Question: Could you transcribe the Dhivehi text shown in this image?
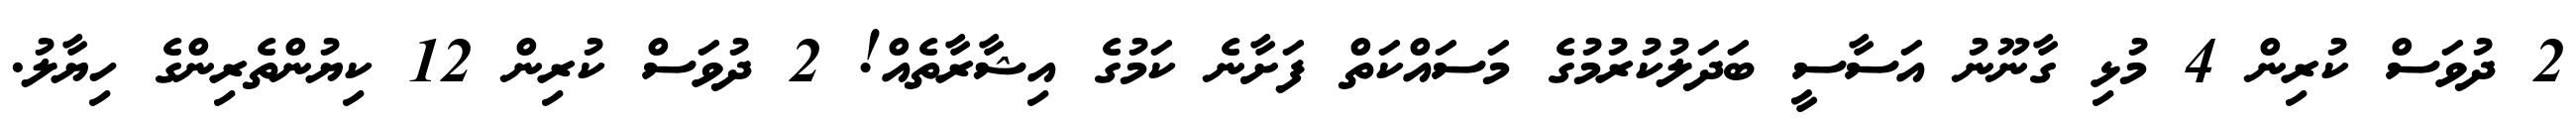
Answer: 2 ދުވަސް ކުރިން 4 މުޅި ގާނޫނު އަސާސީ ބަދަލުކުރުމުގެ މަސައްކަތް ފަށާނެ ކަމުގެ އިޝާރާތެއް! 2 ދުވަސް ކުރިން 12 ކިޔުންތެރިންގެ ހިޔާލު.